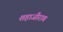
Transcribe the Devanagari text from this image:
शहाजीराव